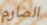
الصارم